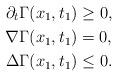
LaTeX: \begin{align*}\partial_t \Gamma(x_1,t_1)&\geq 0,\\\nabla \Gamma (x_1,t_1)&=0,\\\Delta \Gamma (x_1,t_1)&\leq 0.\end{align*}